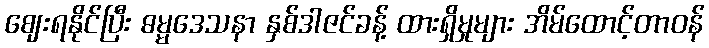
ဈေးရနိုင်ပြီး ဓမ္မဒေသနာ နှစ်ဒါဇင်ခန့် ထားရှိမှုများ အိမ်ထောင့်တာဝန်